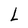
Character: L